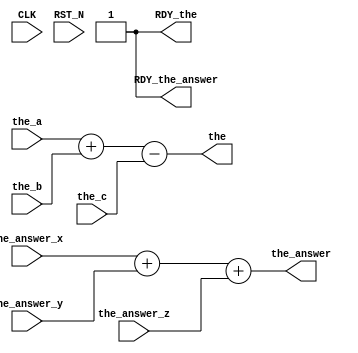
//
// Generated by Bluespec Compiler (build 00185f79)
//
// On Wed Apr  7 21:35:58 IST 2021
//
//
// Ports:
// Name                         I/O  size props
// the_answer                     O    32
// RDY_the_answer                 O     1 const
// the                            O    32
// RDY_the                        O     1 const
// CLK                            I     1 unused
// RST_N                          I     1 unused
// the_answer_x                   I    32
// the_answer_y                   I    32
// the_answer_z                   I    32
// the_a                          I    32
// the_b                          I    32
// the_c                          I    32
//
// Combinational paths from inputs to outputs:
//   (the_answer_x, the_answer_y, the_answer_z) -> the_answer
//   (the_a, the_b, the_c) -> the
//
//

`ifdef BSV_ASSIGNMENT_DELAY
`else
  `define BSV_ASSIGNMENT_DELAY
`endif

`ifdef BSV_POSITIVE_RESET
  `define BSV_RESET_VALUE 1'b1
  `define BSV_RESET_EDGE posedge
`else
  `define BSV_RESET_VALUE 1'b0
  `define BSV_RESET_EDGE negedge
`endif

module mkModuleDeepThought(CLK,
			   RST_N,

			   the_answer_x,
			   the_answer_y,
			   the_answer_z,
			   the_answer,
			   RDY_the_answer,

			   the_a,
			   the_b,
			   the_c,
			   the,
			   RDY_the);
  input  CLK;
  input  RST_N;

  // value method the_answer
  input  [31 : 0] the_answer_x;
  input  [31 : 0] the_answer_y;
  input  [31 : 0] the_answer_z;
  output [31 : 0] the_answer;
  output RDY_the_answer;

  // value method the
  input  [31 : 0] the_a;
  input  [31 : 0] the_b;
  input  [31 : 0] the_c;
  output [31 : 0] the;
  output RDY_the;

  // signals for module outputs
  wire [31 : 0] the, the_answer;
  wire RDY_the, RDY_the_answer;

  // value method the_answer
  assign the_answer = the_answer_x + the_answer_y + the_answer_z ;
  assign RDY_the_answer = 1'd1 ;

  // value method the
  assign the = the_a + the_b - the_c ;
  assign RDY_the = 1'd1 ;
endmodule  // mkModuleDeepThought